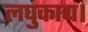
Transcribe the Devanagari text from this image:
लघुकाय।